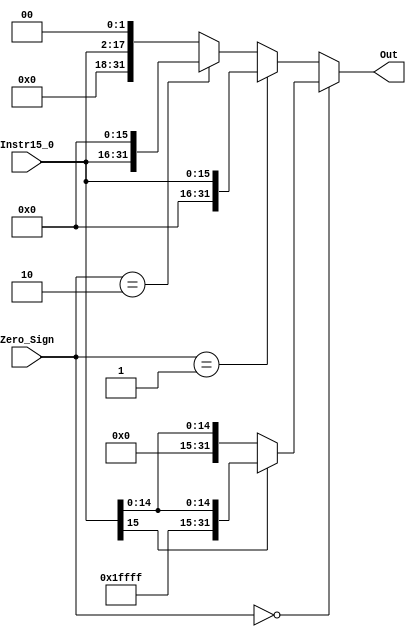

`timescale 1ns / 1ps

module Sign_Extend(Zero_Sign,Instr15_0,Out);
input [15:0] Instr15_0;
input [1:0] Zero_Sign;
output reg [31:0] Out;

always @(*)
begin
    if(Zero_Sign == 0)begin
        if(Instr15_0[15] == 2'b00)//Increase without chagning the sign
            Out <= {16'b0000000000000000,Instr15_0};
        else
            Out <= {16'b1111111111111111,Instr15_0};end
	 
    else if(Zero_Sign == 2'b01)//Increase with chagning the sign according to Zero_Sign
        Out <= {16'b0000000000000000,Instr15_0};

    else if(Zero_Sign == 2'b10)
		Out <= {Instr15_0,16'b0000000000000000};

	 else
        Out <= {14'b00000000000000,Instr15_0,2'b00};
end
endmodule